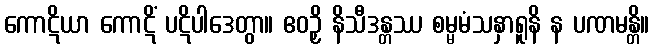
ကောဋိယာ ကောဋိံ ပဋိပါဒေတွာ။ ဧဝဉှိ နိသီဒန္တဿ စမ္မမံသနှာရူနိ န ပဏမန္တိ။